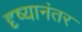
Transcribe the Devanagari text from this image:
दृष्यानंतर